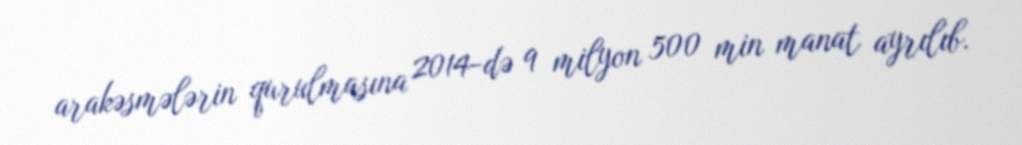
arakəsmələrin qurulmasına 2014-də 9 milyon 500 min manat ayrılıb.